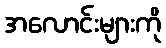
အလောင်းများကို